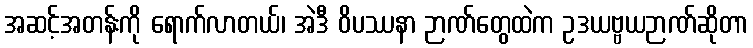
အဆင့်အတန်းကို ရောက်လာတယ်၊ အဲဒီ ဝိပဿနာ ဉာဏ်တွေထဲက ဥဒယဗ္ဗယဉာဏ်ဆိုတာ